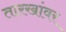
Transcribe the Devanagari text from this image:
तारखांवर